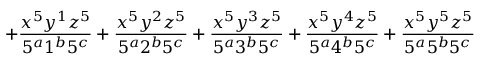
+ \frac { x ^ { 5 } y ^ { 1 } z ^ { 5 } } { 5 ^ { a } 1 ^ { b } 5 ^ { c } } + \frac { x ^ { 5 } y ^ { 2 } z ^ { 5 } } { 5 ^ { a } 2 ^ { b } 5 ^ { c } } + \frac { x ^ { 5 } y ^ { 3 } z ^ { 5 } } { 5 ^ { a } 3 ^ { b } 5 ^ { c } } + \frac { x ^ { 5 } y ^ { 4 } z ^ { 5 } } { 5 ^ { a } 4 ^ { b } 5 ^ { c } } + \frac { x ^ { 5 } y ^ { 5 } z ^ { 5 } } { 5 ^ { a } 5 ^ { b } 5 ^ { c } }